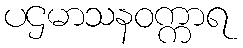
ပဌမာသနဝက္ကာရ